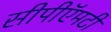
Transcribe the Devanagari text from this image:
सीपीऍमटी